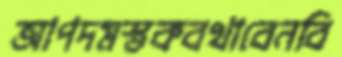
আপদমস্তকবখাবেনবি